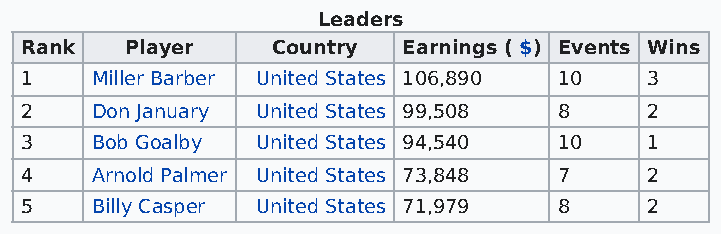
Leaders
 Rank   Player    Country  Earnings ( $) Events Wins
 1    Miller Barber United States 106,890 10 3
 2    Don January United States 99,508 8   2
 3    Bob Goalby United States 94,540 10   1
 4    Arnold Palmer United States 73,848 7 2
 5    Billy Casper United States 71,979 8  2